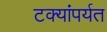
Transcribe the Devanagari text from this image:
टक्यांपर्यत